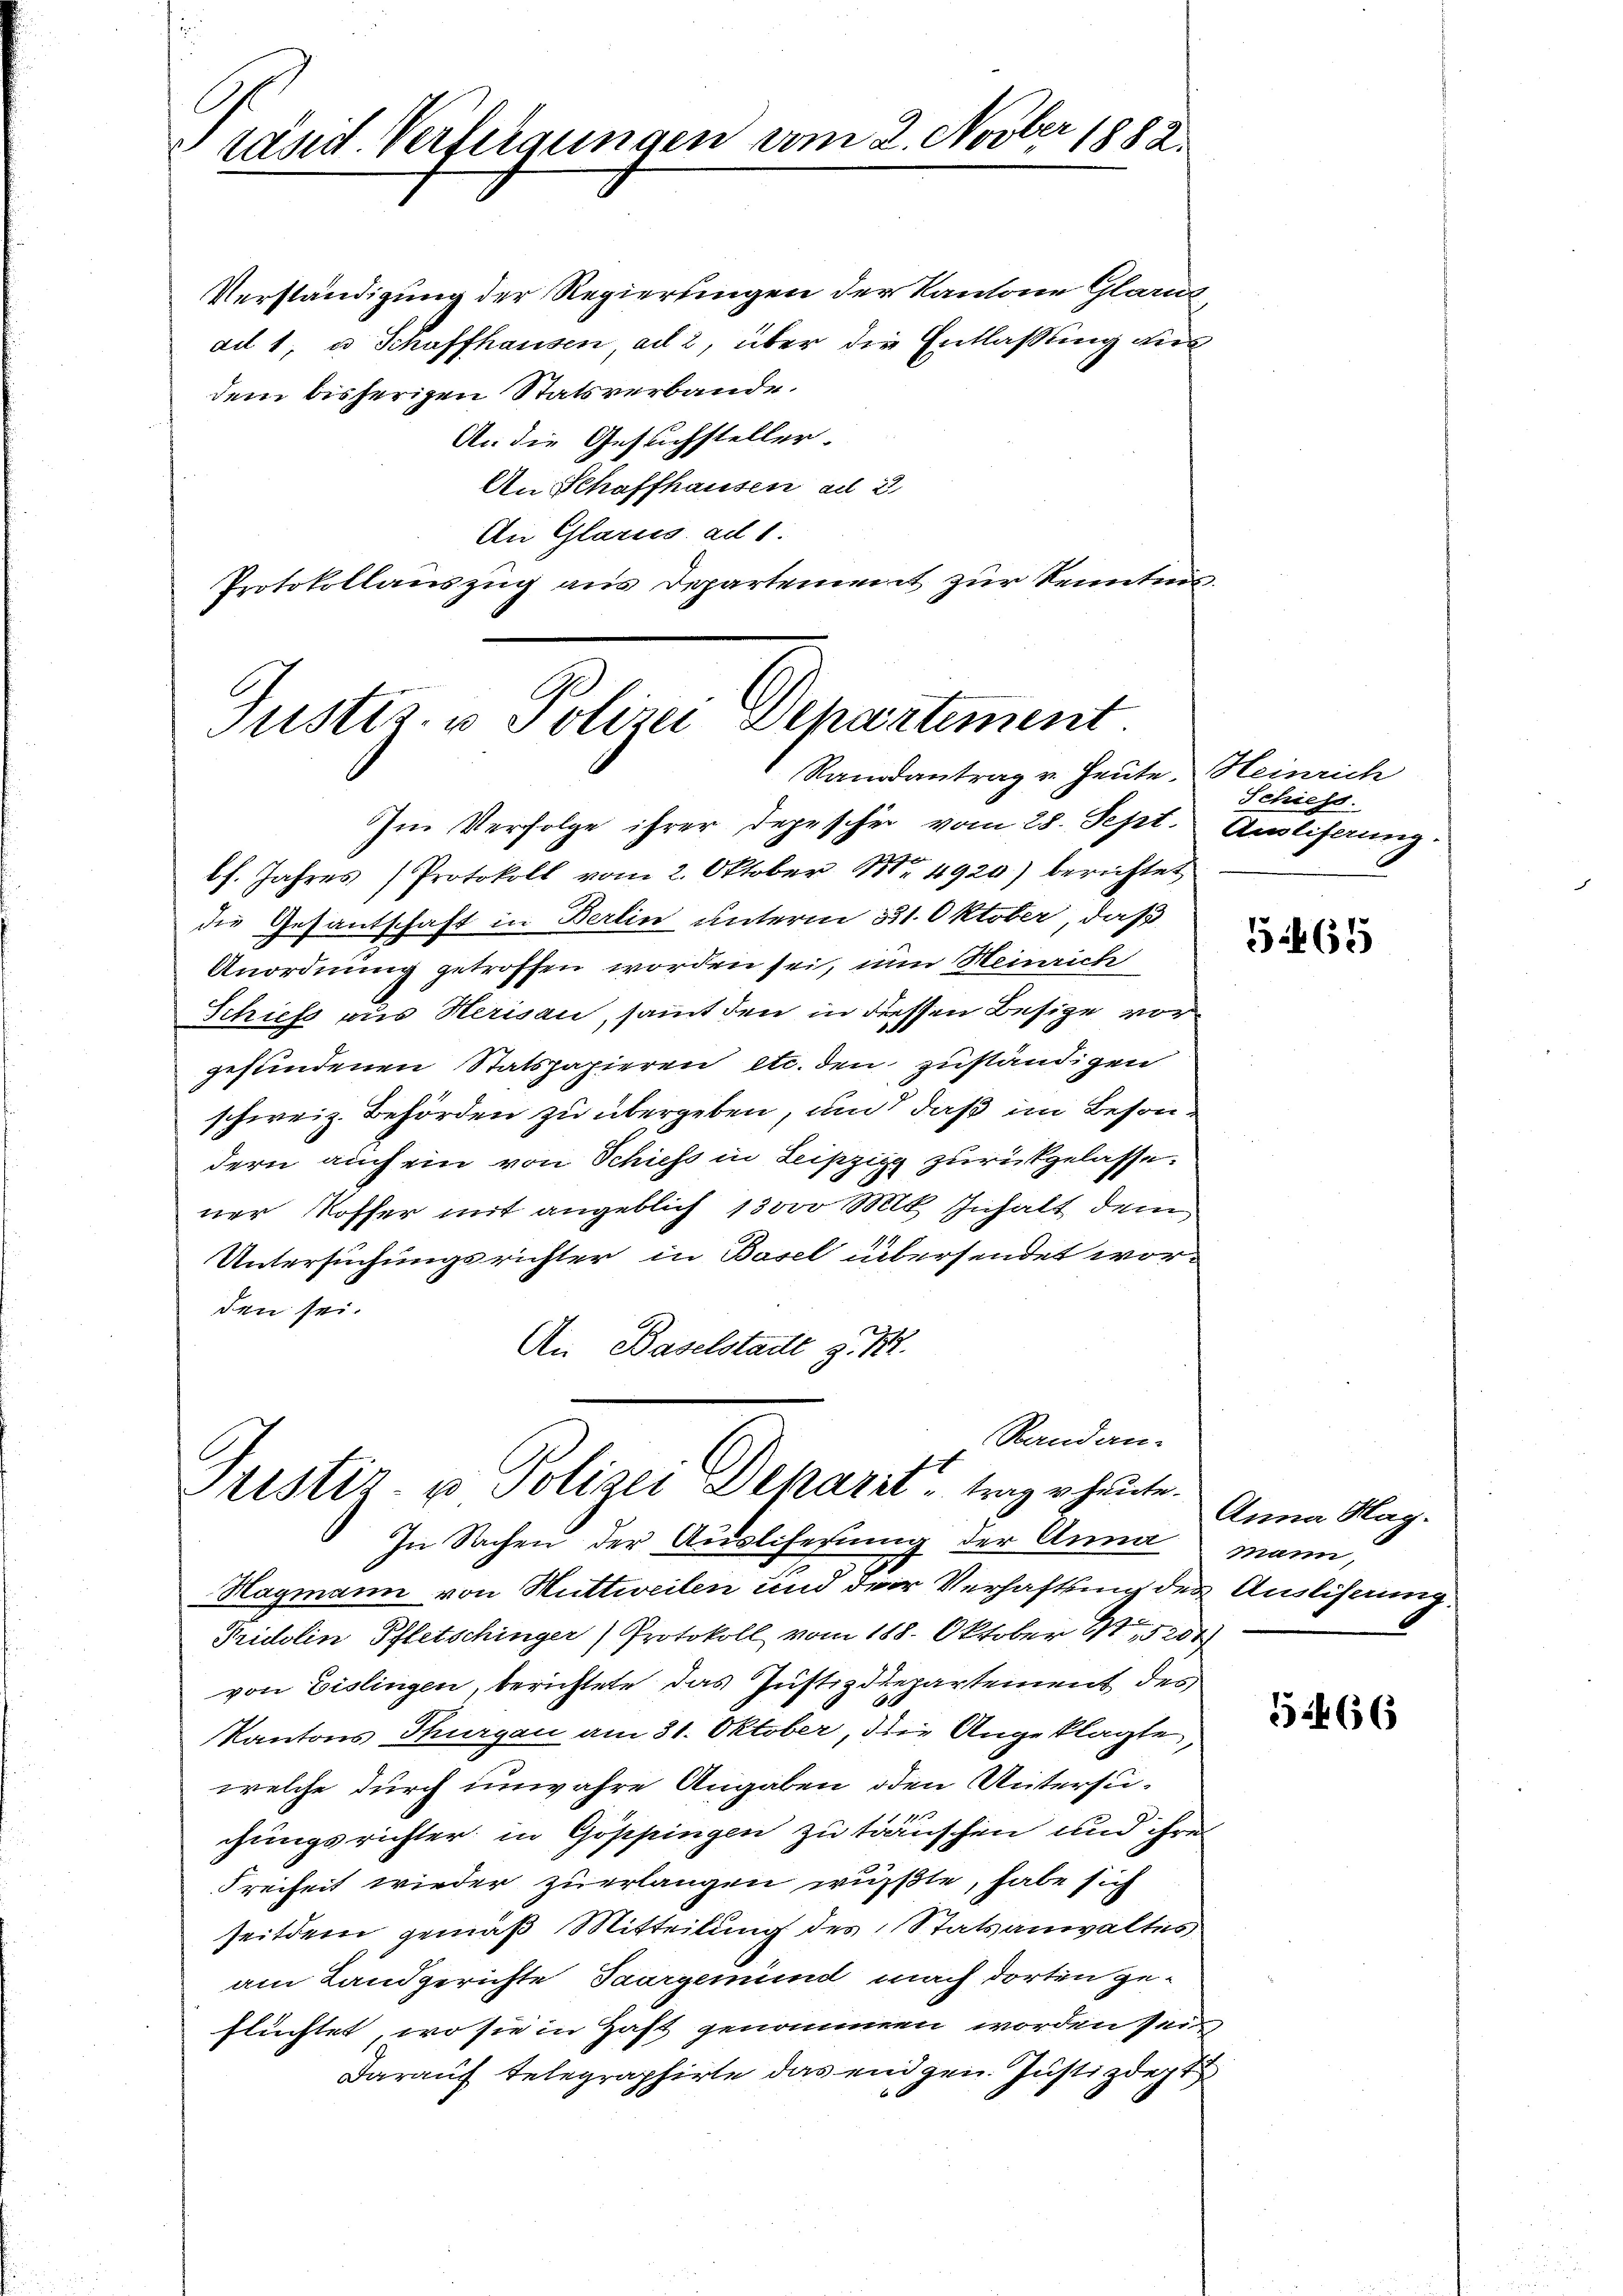
A
räsid. Verfeigungen vom 2. Novber 1882.

dem bisherigen Statsverbande.
An die Gesuchsteller.
An Schaffhausen ad 2
An Glarus ad 1.
Protokollauszug aus Departement zur Kenntnis.

Justiz- u Polizei Departement
Randantrag v. Heute. Heinrich

Im Verfolge ihrer Depescher vom 28. Sept. Ausliferung.
lh. Jahres Protokoll vom 2. Oktober 1. 4920) berichtet
die Gesantschaft in Berlin unterm 321. Oktober, daß
Anordnung getroffen worden sei, um Heinrich
Schiefs aus Herisau, sammt den in dessen Besitze vorgefundenen Statspapieren etc. den zuständigen
schweiz. Behörden zu übergeben, um daß im Besondern auch ein von Schiess in Leipzig zurückgelasse.
ner Koffer mit angeblich der Mit Inhalt dem
Untersuchungsrichter in Basel übersendet worden sei.
An Baselstadt z. 12.

Randan-
Cristiz- u Polizei Deparit trage heute.
In Sachen der Ausliserung der Anna mann,

Hagmann von Huttweilen und der Verhaftung der Auslösung.
Tridolin Pfletschinger) Protokoll vom 188. Oktober 15201)
von Eislingen, berichtete das Justizdepartement des
Kantons Thurgau am 31. Oktober, die Angeklagte,
welche durch unwahre Angaben oden Untersuchungsrichter in Göppingen zu träuschen und ihre
Freiheit wieder zuerlangen wusste, habe sich
seitdem gemäß Mitteilung des Statsanwaltes
am Landgerichte Saargemünd nach dorten ge-
flüchtet, wo sie in Haft genommen worden sein
Darauf telegraphirte das eidgen. Justizdept

Verständigung der Regierungen der Kantone Glarus
ad 1, u. Schaffhausen, ad 2, über die Entlaßung aus

Schiess.

5465

Anna Mag.

5266